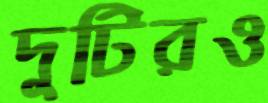
দুটিরও